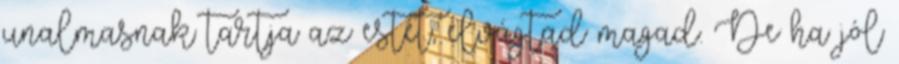
unalmasnak tartja az estét, elvágtad magad. De ha jól